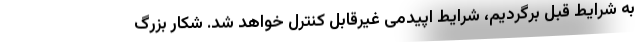
به شرایط قبل برگردیم، شرایط اپیدمی غیرقابل کنترل خواهد شد. شکار بزرگ